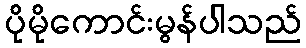
ပိုမိုကောင်းမွန်ပါသည်